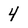
Character: 4